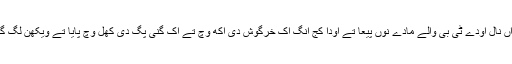
کوخ نے دو گرم کیتے ہوۓ چاقوواں نال اودے ٹی بی والے مادے نوں پیعا تے اودا کج انگ اک خرگوش دی اکھ وچ تے اک گنی پگ دی کھل وچ پایا تے ویکھن لگ گیا جے کدوں اے روگی ہوندے نیں۔